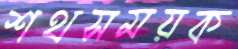
শথসময়ক